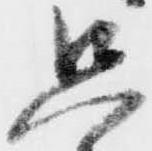
只